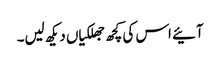
آئیے اس کی کچھ جھلکیاں دیکھ لیں۔